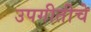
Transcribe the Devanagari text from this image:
उपगीतीचे